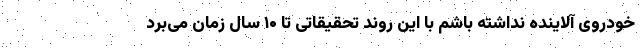
خودروی آلاینده نداشته باشم با این روند تحقیقاتی تا ۱۰ سال زمان می‌برد